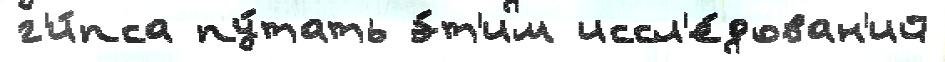
г'и́пса пу́тать э́т'им иссл'е́дован'ий